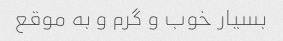
بسیار خوب و گرم و به موقع